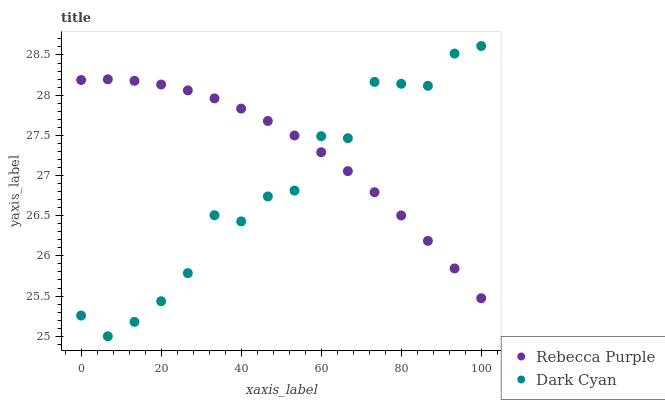
| xaxis_label | Rebecca Purple | Dark Cyan |
 | --- | --- | --- |
 | 0 | 28.2 | 25.3 |
 | 6.67 | 28.2 | 25 |
 | 13.3 | 28.2 | 25.2 |
 | 20 | 28.1 | 25.4 |
 | 26.7 | 28.1 | 25.8 |
 | 33.3 | 28 | 26.5 |
 | 40 | 27.8 | 26.4 |
 | 46.7 | 27.7 | 26.7 |
 | 53.3 | 27.5 | 26.8 |
 | 60 | 27.3 | 27.5 |
 | 66.7 | 27.1 | 27.5 |
 | 73.3 | 26.8 | 28.2 |
 | 80 | 26.5 | 28.1 |
 | 86.7 | 26.2 | 28.1 |
 | 93.3 | 25.8 | 28.5 |
 | 100 | 25.5 | 28.6 |